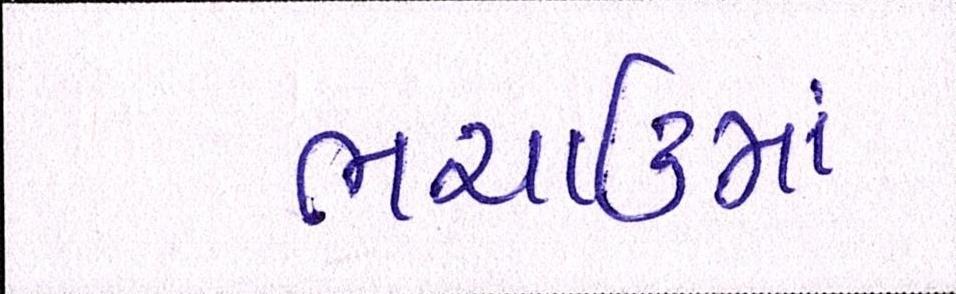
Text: ભચાઉમાં